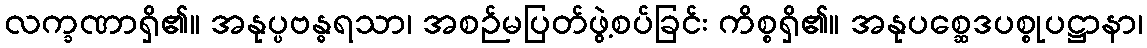
လက္ခဏာရှိ၏။ အနုပ္ပဗန္ဓရသာ၊ အစဉ်မပြတ်ဖွဲ့စပ်ခြင်း ကိစ္စရှိ၏။ အနုပစ္ဆေဒပစ္စုပဋ္ဌာနာ၊